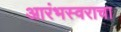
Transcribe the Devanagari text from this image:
आरंभस्वराचा